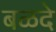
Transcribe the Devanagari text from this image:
बळदे